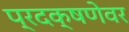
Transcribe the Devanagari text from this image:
प्रदक्षणेवर